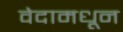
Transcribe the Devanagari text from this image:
वेदामधून